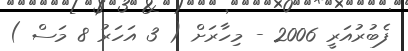
ފެބުރުއަރީ 2006 - މިހާރަށް ( 3 އަހަރު 8 މަސް )